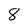
Character: 8